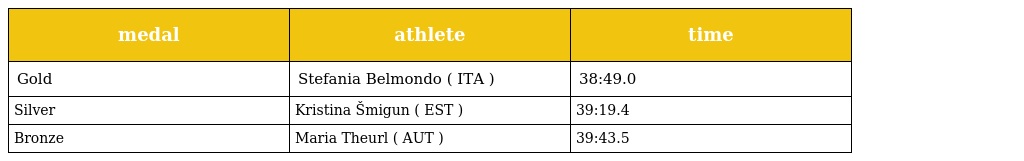
| medal | athlete | time |
 | --- | --- | --- |
 | Gold | Stefania Belmondo ( ITA ) | 38:49.0 |
 | Silver | Kristina Šmigun ( EST ) | 39:19.4 |
 | Bronze | Maria Theurl ( AUT ) | 39:43.5 |